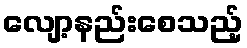
လျော့နည်းစေသည့်